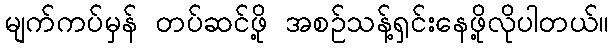
မျက်ကပ်မှန် တပ်ဆင်ဖို့ အစဉ်သန့်ရှင်းနေဖို့လိုပါတယ်။